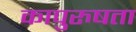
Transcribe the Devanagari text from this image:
कापुरुषता